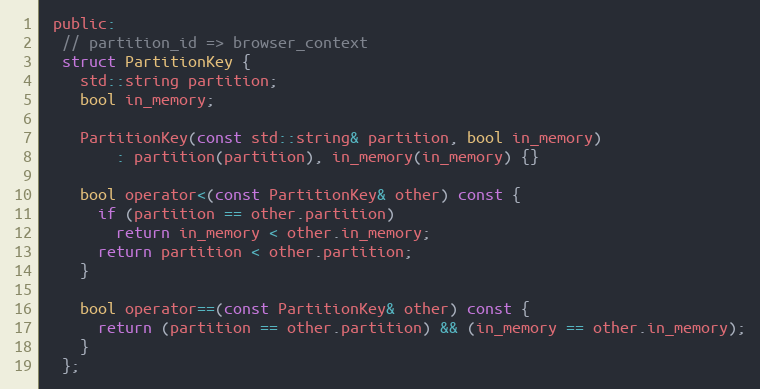
Language: C
 public:
  // partition_id => browser_context
  struct PartitionKey {
    std::string partition;
    bool in_memory;

    PartitionKey(const std::string& partition, bool in_memory)
        : partition(partition), in_memory(in_memory) {}

    bool operator<(const PartitionKey& other) const {
      if (partition == other.partition)
        return in_memory < other.in_memory;
      return partition < other.partition;
    }

    bool operator==(const PartitionKey& other) const {
      return (partition == other.partition) && (in_memory == other.in_memory);
    }
  };